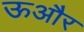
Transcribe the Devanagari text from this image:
ऊऔर